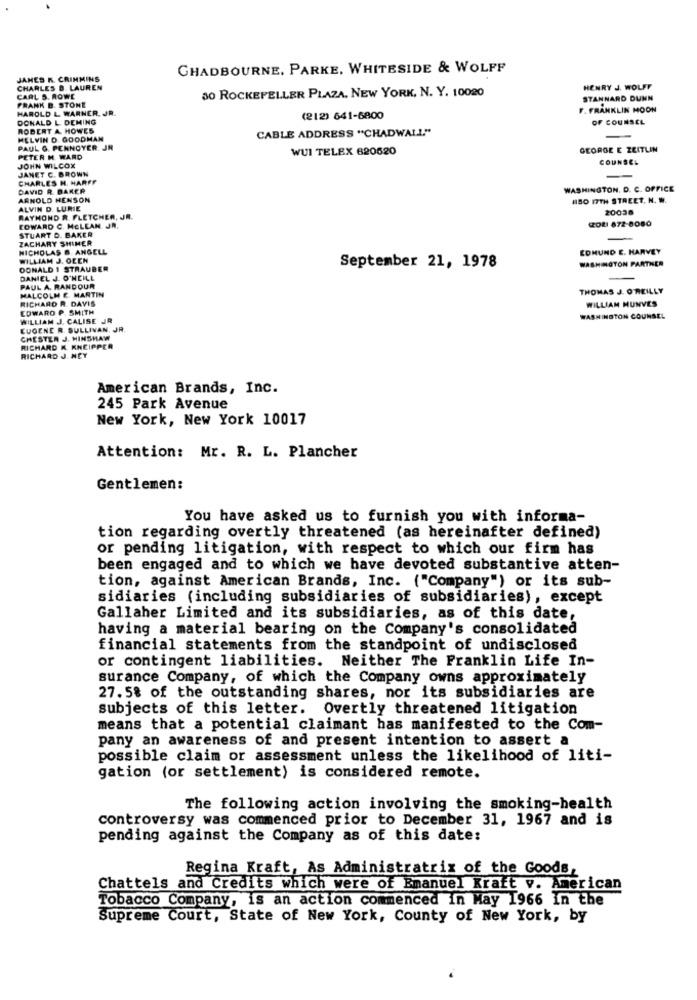
CHADBOURNE, PARKE. WHITESIDE & WOLFF
JANES K. CRINMINS
CHARLES B. LAUREN
30 ROCKEFELLER PLAZA. NEW YORK, N. Y. 10020
HENRY J. WOLFF
CARL S. ROWE
FRANK B. STONE
STANNARD DUNN
HAROLD L WARNER. JR.
F. FRANKLIN MOON
DONALD L DEMING
(212) 641-6800
OF COUNSEL
ROBERT A. HOWES
CABLE ADDRESS "CHADWALL"
MELVIN D. GOODMAN
PAUL G. PENNOYER JR
WUI TELEX 620620
GEORGE E ZEITLIN
JOHN WILCOX
PETER H. WARD
COUNSEL
JANET C. BROWN
CHARLES H. HARFF
DAVID R. BAKER
WASHINGTON, D. C. OFFICE
ARNOLD HENSON
150 I7TH STREET, N. W.
ALVIN D. LURIE
20038
RAYMOND R. FLETCHER, JR.
ZOLI 872-8080
STUART D. BAKER
EDWARD C. MCLEAN JR.
ZACHARY SHIMER
-
NICHOLAS B. ANGELL
EDMUND E. HARVEY
WILLIAM J. OFEN
WASHINGTON PARTNER
DONALD 1 STRAUBER
September 21, 1978
DANIEL J. O'NEILL
-
PAUL A. RANDOUR
MALCOLM E. MARTIN
THOMAS J. O'REILLY
RICHARD R. DAVIS
WILLIAM MUNVES
COWARD P. SMITH
WILLIAM J. CALISE JR
WASHINGTON COUNSEL
EUGENE R. SULLIVAN. JR.
CHESTER J. HINSHAW
RICHARD K. KNEIPPER
RICHARD J. NEY
American Brands, Inc.
245 Park Avenue
New York, New York 10017
Attention: Mr. R. L. Plancher
Gentlemen:
You have asked us to furnish you with informa-
tion regarding overtly threatened (as hereinafter defined)
or pending litigation, with respect to which our firm has
been engaged and to which we have devoted substantive atten-
tion, against American Brands, Inc. ("Company") or its sub-
sidiaries (including subsidiaries of subsidiaries), except
Gallaher Limited and its subsidiaries, as of this date,
having a material bearing on the Company's consolidated
financial statements from the standpoint of undisclosed
or contingent liabilities. Neither The Franklin Life In-
surance Company, of which the Company owns approximately
27. 5% of the outstanding shares, nor its subsidiaries are
subjects of this letter. Overtly threatened litigation
means that a potential claimant has manifested to the Com-
pany an awareness of and present intention to assert a
possible claim or assessment unless the likelihood of liti-
gation (or settlement) is considered remote.
The following action involving the smoking-health
controversy was commenced prior to December 31, 1967 and is
pending against the Company as of this date:
Regina Kraft, As Administratrix of the Goods,
Chattels and Credits which were of Emanuel Kraft v. American
Tobacco Company, is an action commenced in May 1966 in the
Supreme Court, State of New York, County of New York, by